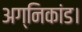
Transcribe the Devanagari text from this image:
अग्निकांड।